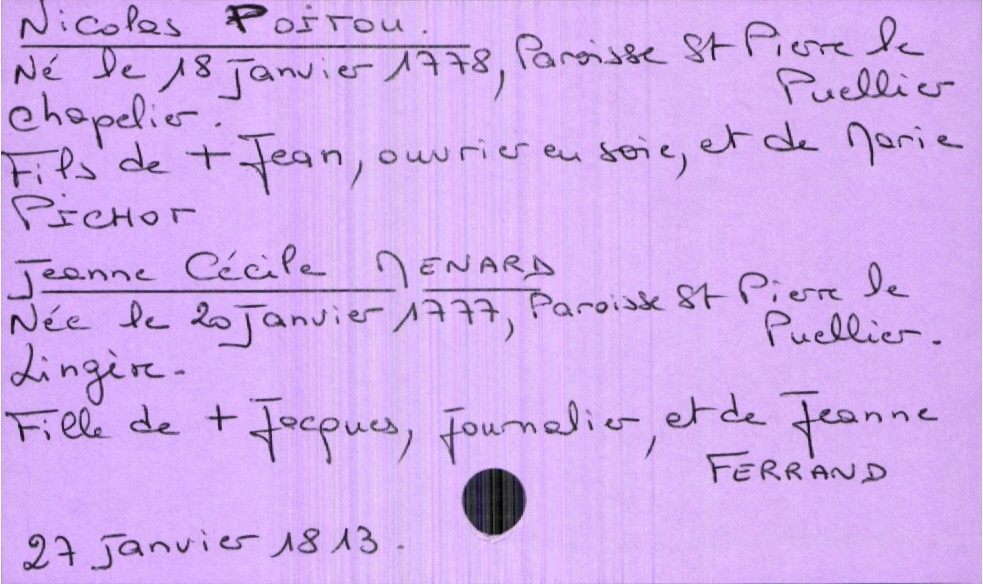
type_acte: Mariage
année: 1813
mois: janvier
jour: 27
marié_nom: Poitou
marié_prénom: Nicolas
marié_profession: chapelier
marié_date_de_naissance: 18 janvier 1778
marié_lieu_de_naissance: Paroisse Saint Pierre le Puellier
père_marié_nom: Poitou
père_marié_prénom: Jean
père_marié_profession: ouvrier en soie
père_marié_statut: décédé
mère_marié_nom: Pichot
mère_marié_prénom: Marie
mariée_nom: Menard
mariée_prénom: Jeanne Cécile
mariée_profession: lingère
mariée_date_de_naissance: 20 janvier 1777
mariée_lieu_de_naissance: Paroisse Saint Pierre le Puellier
père_mariée_nom: Menard
père_mariée_prénom: Jacques
père_mariée_profession: journalier
père_mariée_statut: décédé
mère_mariée_nom: Ferrand
mère_mariée_prénom: Jeanne